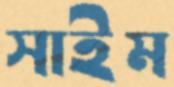
সাইম